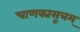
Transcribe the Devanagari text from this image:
चाणक्यसूत्रम्